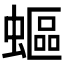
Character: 𧏺